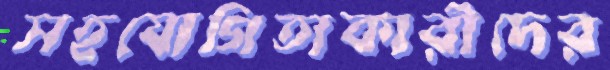
সহযোগিতাকারীদের